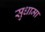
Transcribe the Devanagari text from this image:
सुधामा